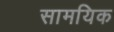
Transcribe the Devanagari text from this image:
सामयिक